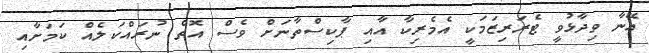
އޭނާ ވިދާޅުވީ ޓެރަރިޒަމަކީ އެމެރިކާ އާއި ޕާކިސްތާނަށް ވެސް އޮތް ނުރައްކަލެއް ކަމަށާއި